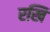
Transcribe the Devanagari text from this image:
रखि